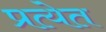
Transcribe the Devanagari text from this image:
प्रत्येत